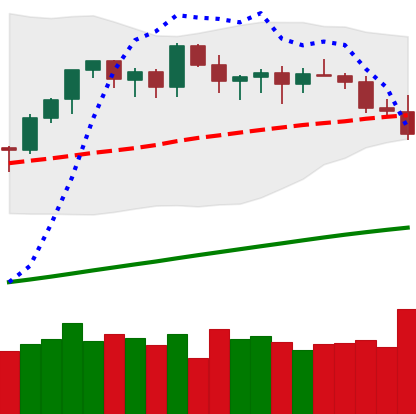
Ticker: ETH-USD
Chart end date: 2021-03-24
Forward return: 14.2%
Label: up_7plus